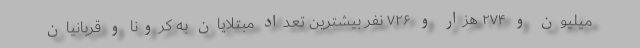
میلیون و ۲۷۴ هزار و ۷۲۶ نفر بیشترین تعداد مبتلایان به کرونا و قربانیان